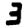
Digit: 3